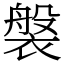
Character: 褩